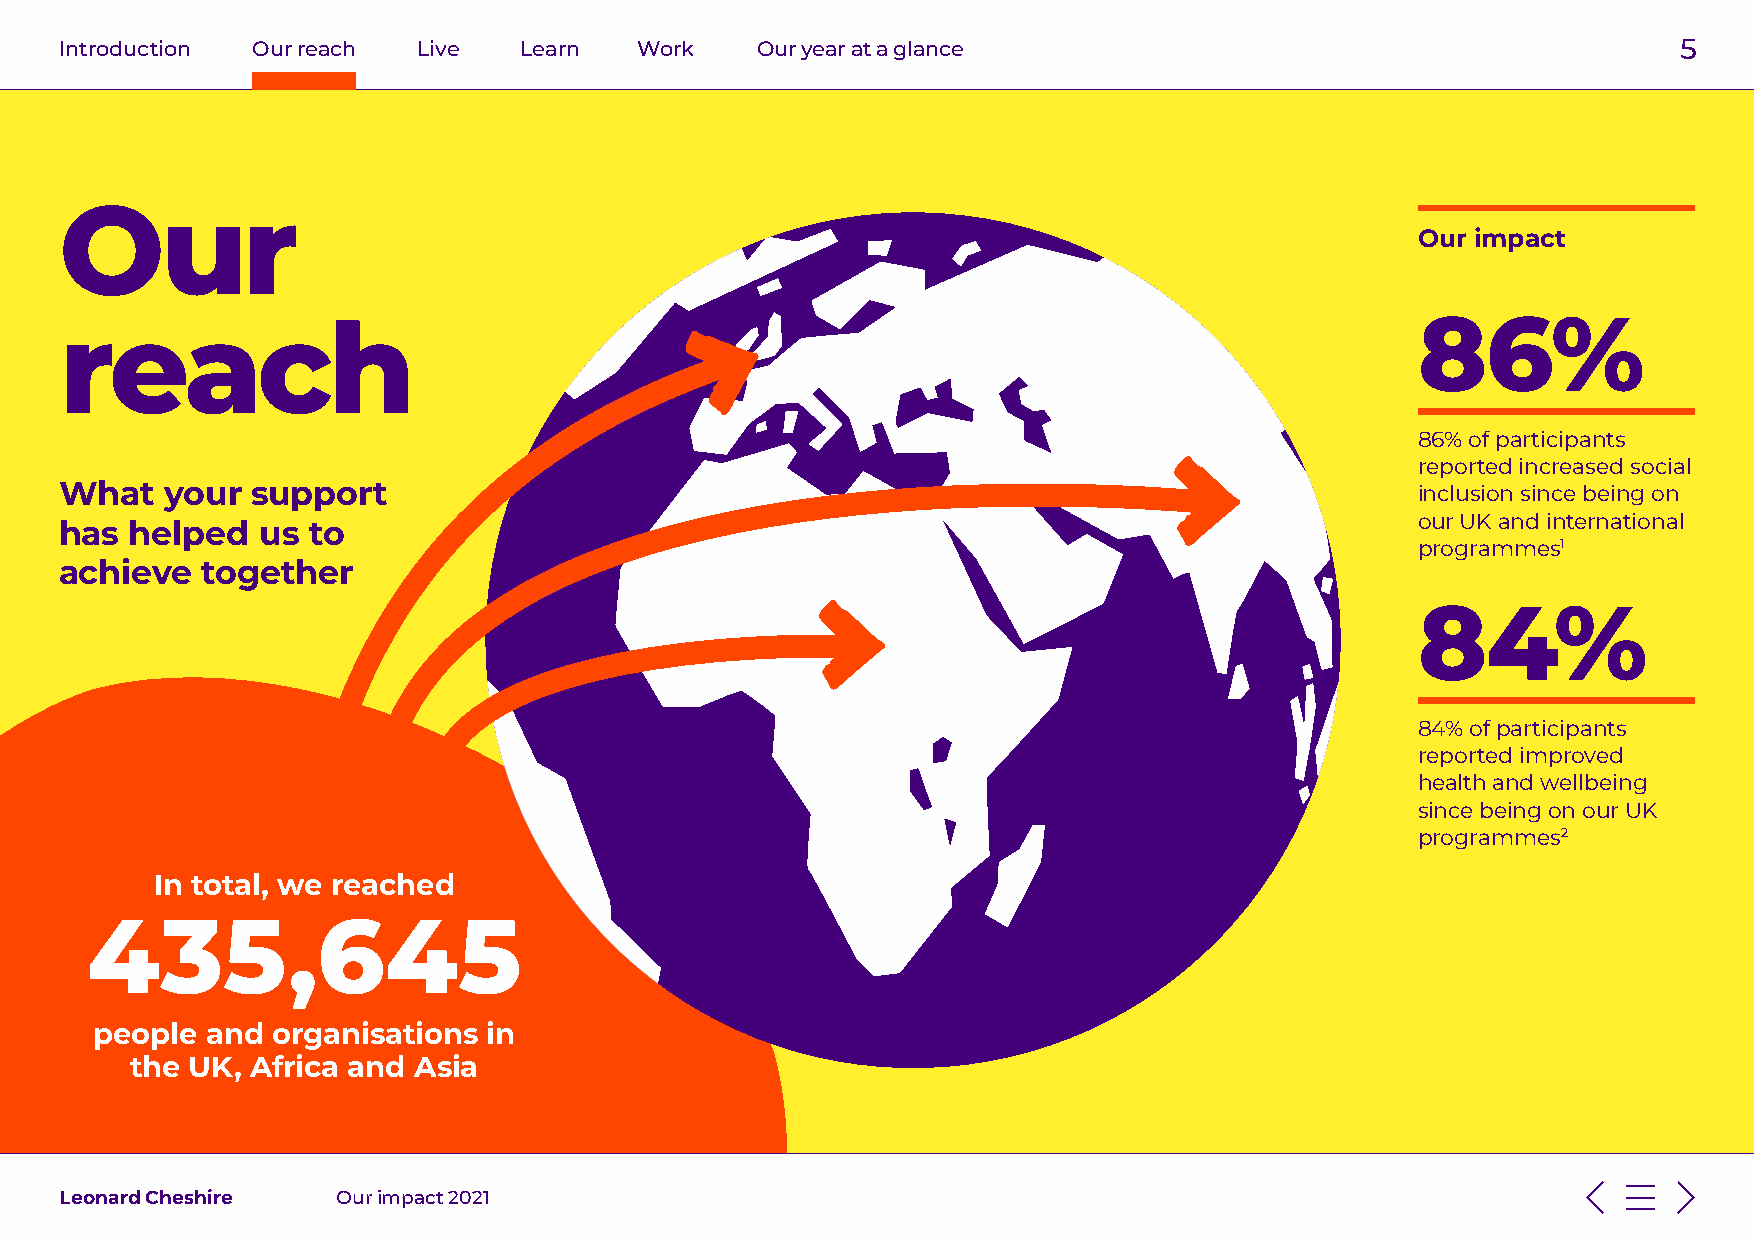
Introduction Our reach  Live  Learn   Work    Our year at a glance                                         5
 Our
 Our impact
 86%
 reach
 86% of participants
 reported increased social
 What   your  support                                                                      inclusion since being on
 our UK and international
 has  helped  us to
 programmes1
 achieve  together
 84%
 84% of participants
 reported improved
 health and wellbeing
 since being on our UK
 programmes2
 In total, we reached
 435,645
 people  and organisations in
 the UK, Africa and Asia
 Leonard Cheshire  Our impact 2021